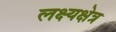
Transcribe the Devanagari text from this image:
लक्ष्यक्षेत्र